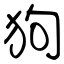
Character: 狗